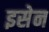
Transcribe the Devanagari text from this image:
इसेन